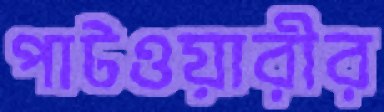
পাটওয়ারীর